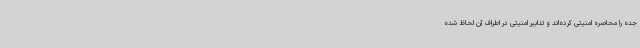
جده را محاصره امنیتی کرده‌اند و تدابیر امنیتی در اطراف آن لحاظ شده